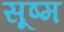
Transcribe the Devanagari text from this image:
सूष्म